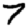
Digit: 7